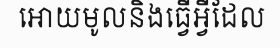
អោយមូលនិងធ្វើអ្វីដែល